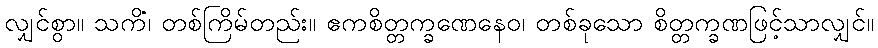
လျှင်စွာ။ သကိံ၊ တစ်ကြိမ်တည်း။ ဧကစိတ္တက္ခဏေနေဝ၊ တစ်ခုသော စိတ္တက္ခဏဖြင့်သာလျှင်။